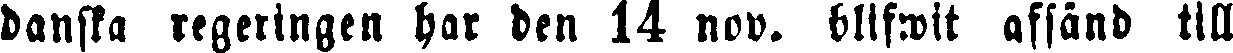
danska regeringen har den 14 nov. bllfwit afsänd till